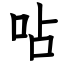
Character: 呫